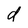
Character: d